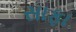
સાફા